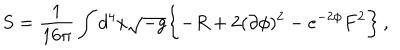
LaTeX: S = \frac { 1 } { 1 6 \pi } \int d ^ { 4 } x \sqrt { - g } \biggl \{ - R + 2 ( \partial \phi ) ^ { 2 } - e ^ { - 2 \phi } F ^ { 2 } \biggr \} \, ,